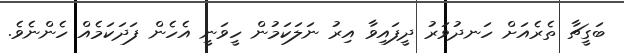
ބަގީޗާ ތެރެއަށް ހަނދުވަރު ދީފައިވާ އިރު ނަލަކަމުން ހީވަނީ އެހެން ފަދަކަމެއް ހެންނެވެ.